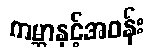
ကမ္ဘာနှင့်အဝန်း